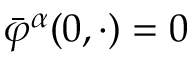
\bar { \varphi } ^ { \alpha } ( 0 , \cdot ) = 0